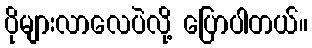
ပိုများလာလေပဲလို့ ပြောပါတယ်။